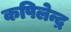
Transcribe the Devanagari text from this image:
कपिलेन्द्र